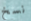
نسخ